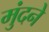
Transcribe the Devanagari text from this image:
मुंदने